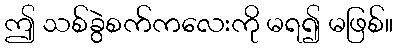
ဤ သစ်ခွဲစက်ကလေးကို မရ၍ မဖြစ်။